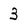
Character: 3